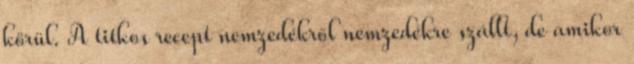
körül. A titkos recept nemzedékről nemzedékre szállt, de amikor